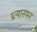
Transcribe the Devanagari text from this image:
प्रत्यानयन